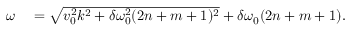
\begin{array} { r l } { \omega } & { { } = \sqrt { v _ { 0 } ^ { 2 } k ^ { 2 } + \delta \omega _ { 0 } ^ { 2 } ( 2 n + m + 1 ) ^ { 2 } } + \delta \omega _ { 0 } ( 2 n + m + 1 ) . } \end{array}